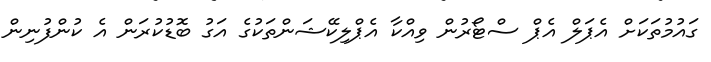
ގައުމުތަކަށް އެޕަލް އެޕް ސްޓޯރުން ވިއްކާ އެޕްލިކޭޝަންތަކުގެ އަގު ބޮޑުކުރަން އެ ކުންފުނިން